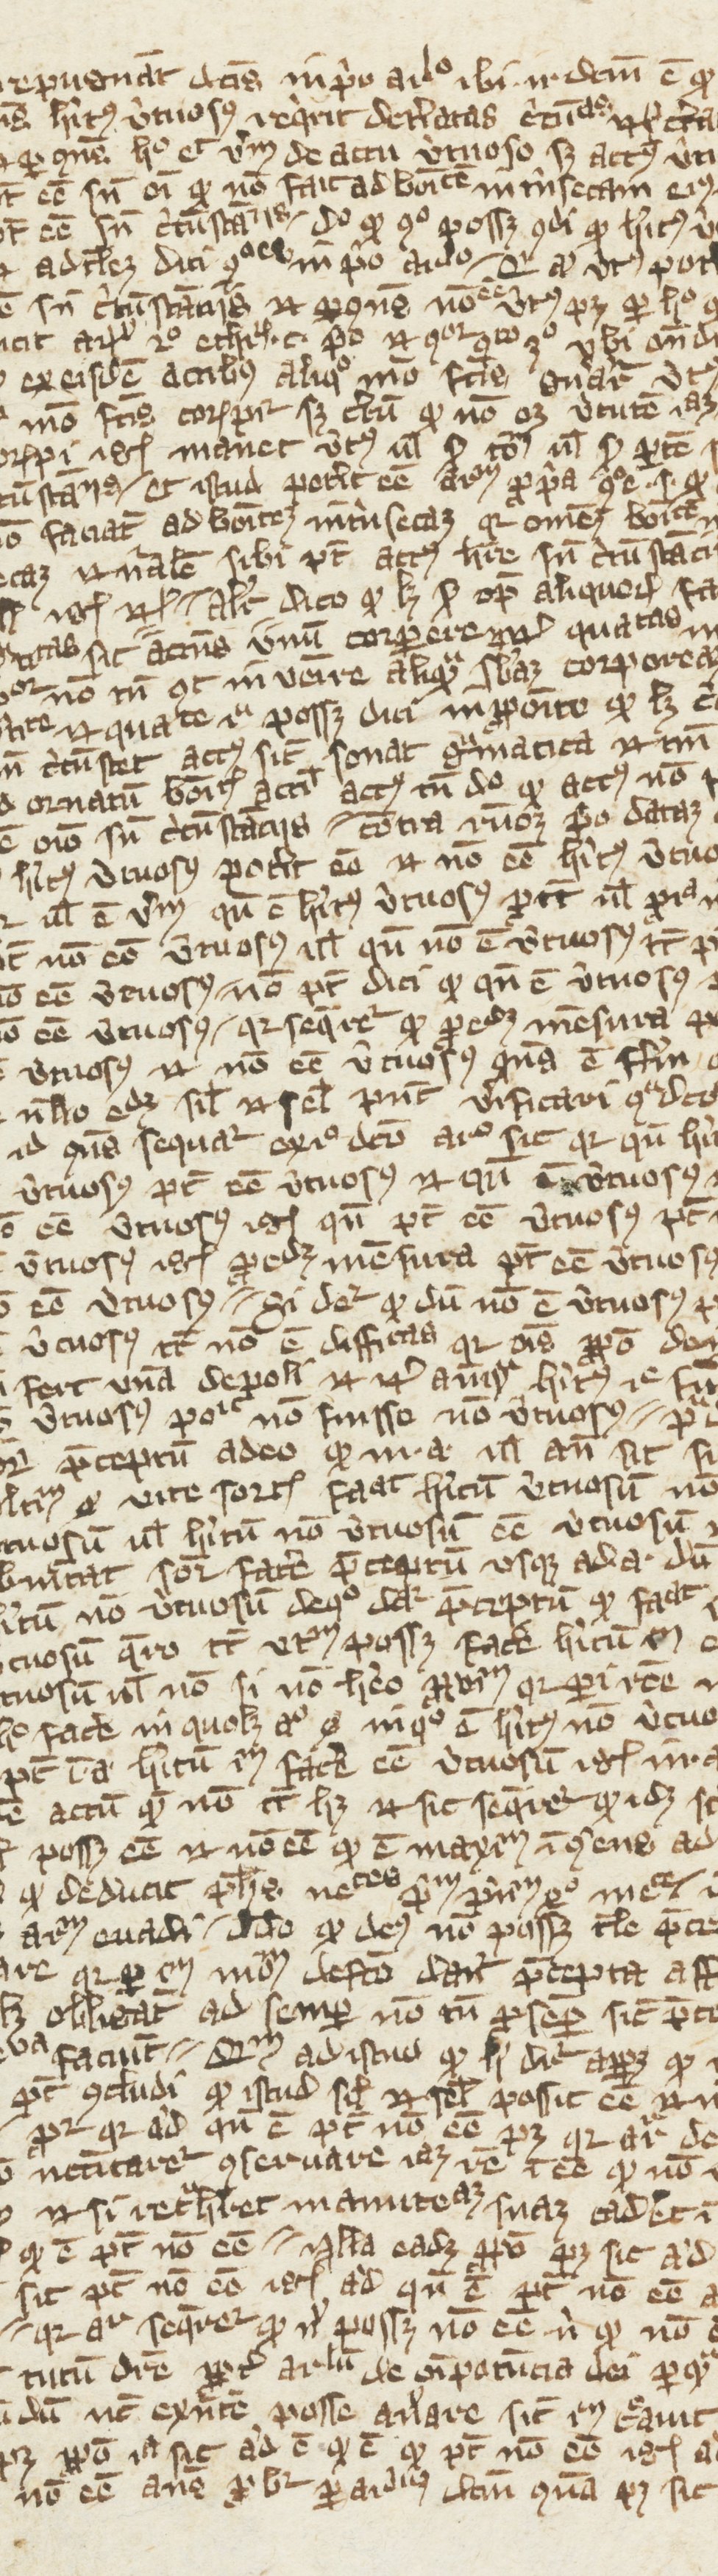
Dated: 1270–1399